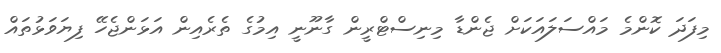
މިފަދަ ކޮންމެ މައްސަލައަކަށް ޖެންޑާ މިނިސްޓްރީން ގާނޫނީ އިމުގެ ތެރެއިން އަޅަންޖެހޭ ފިޔަވަޅުތައް